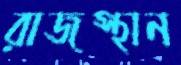
রাজস্থান